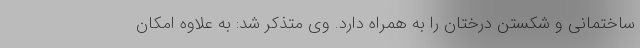
ساختمانی و شکستن درختان را به همراه دارد. وی متذکر شد: به علاوه امکان